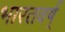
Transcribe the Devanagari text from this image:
भारतवर्ष्